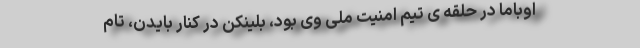
اوباما در حلقه ی تیم امنیت ملی وی بود، بلینکن در کنار بایدن، تام